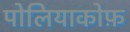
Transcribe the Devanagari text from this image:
पोलियाकोफ़